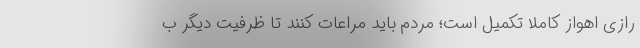
رازی اهواز کاملا تکمیل است؛ مردم باید مراعات کنند تا ظرفیت دیگر ب